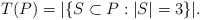
LaTeX: \begin{align*}T(P)= |\{S \subset P : |S|=3 \}|.\end{align*}